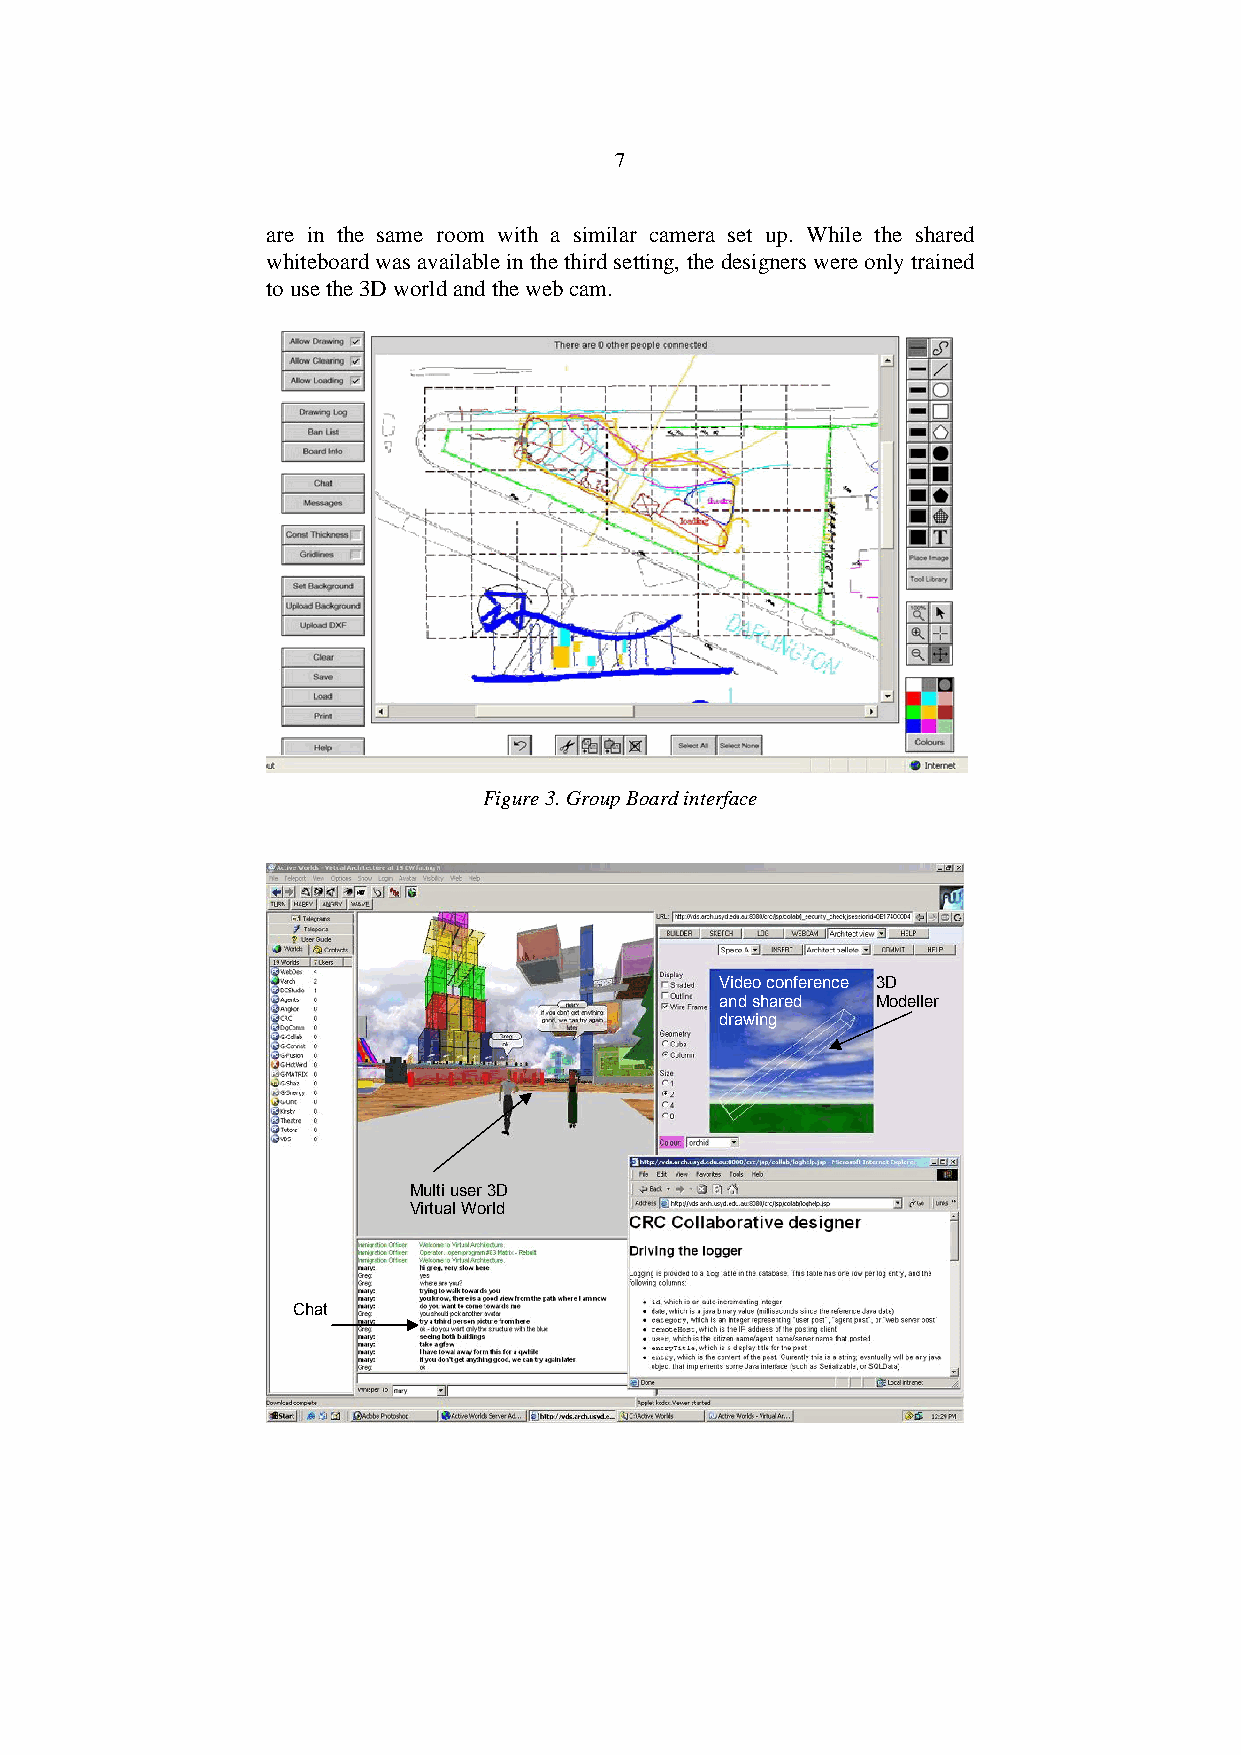
7
 are in the same room with a similar camera set up. While the shared
 whiteboard was available in the third setting, the designers were only trained
 to use the 3D world and the web cam.
 Figure 3. Group Board interface
 Video conference 3D
 and shared Modeller
 drawing
 Multi user 3D
 Virtual World
 Chat